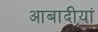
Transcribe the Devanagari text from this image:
आबादीयां